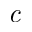
\emph { c }